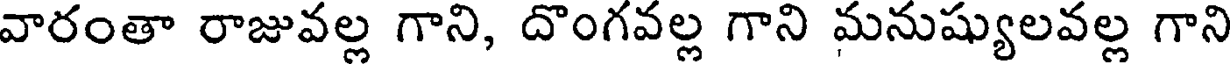
వారంతా రాజువల్ల గాని, దొంగవల్ల గాని మనుష్యులవల్ల గాని